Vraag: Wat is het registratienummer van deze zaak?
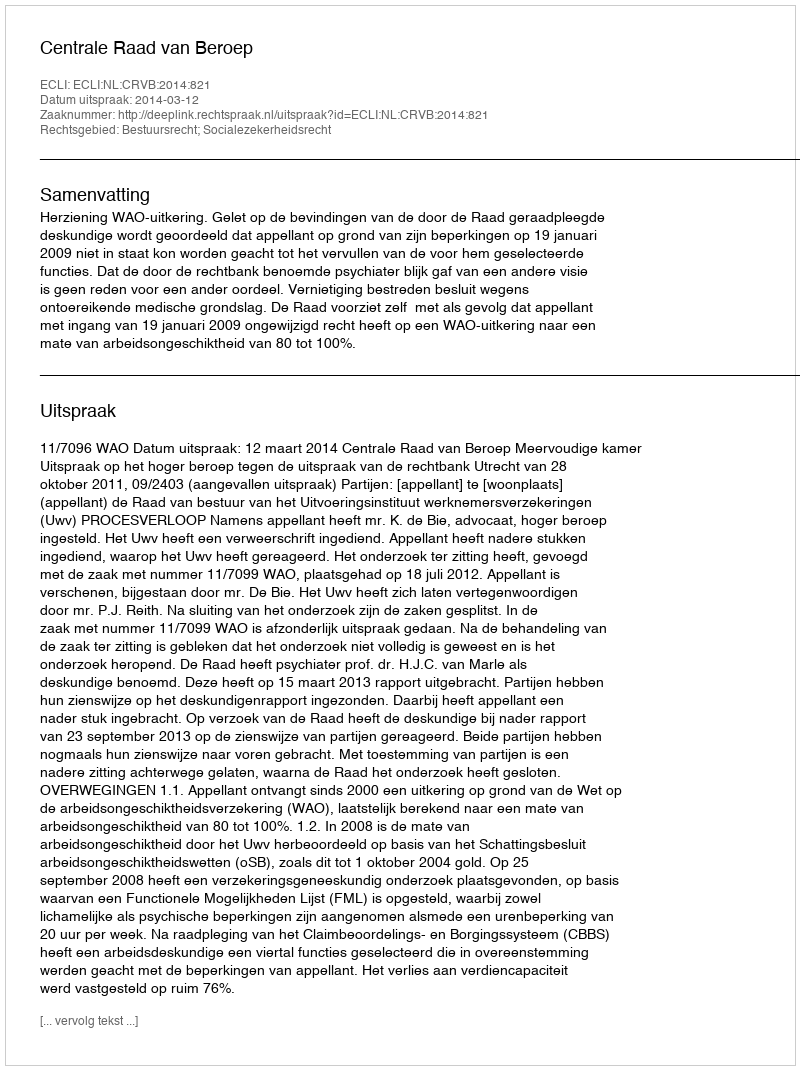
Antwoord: http://deeplink.rechtspraak.nl/uitspraak?id=ECLI:NL:CRVB:2014:821